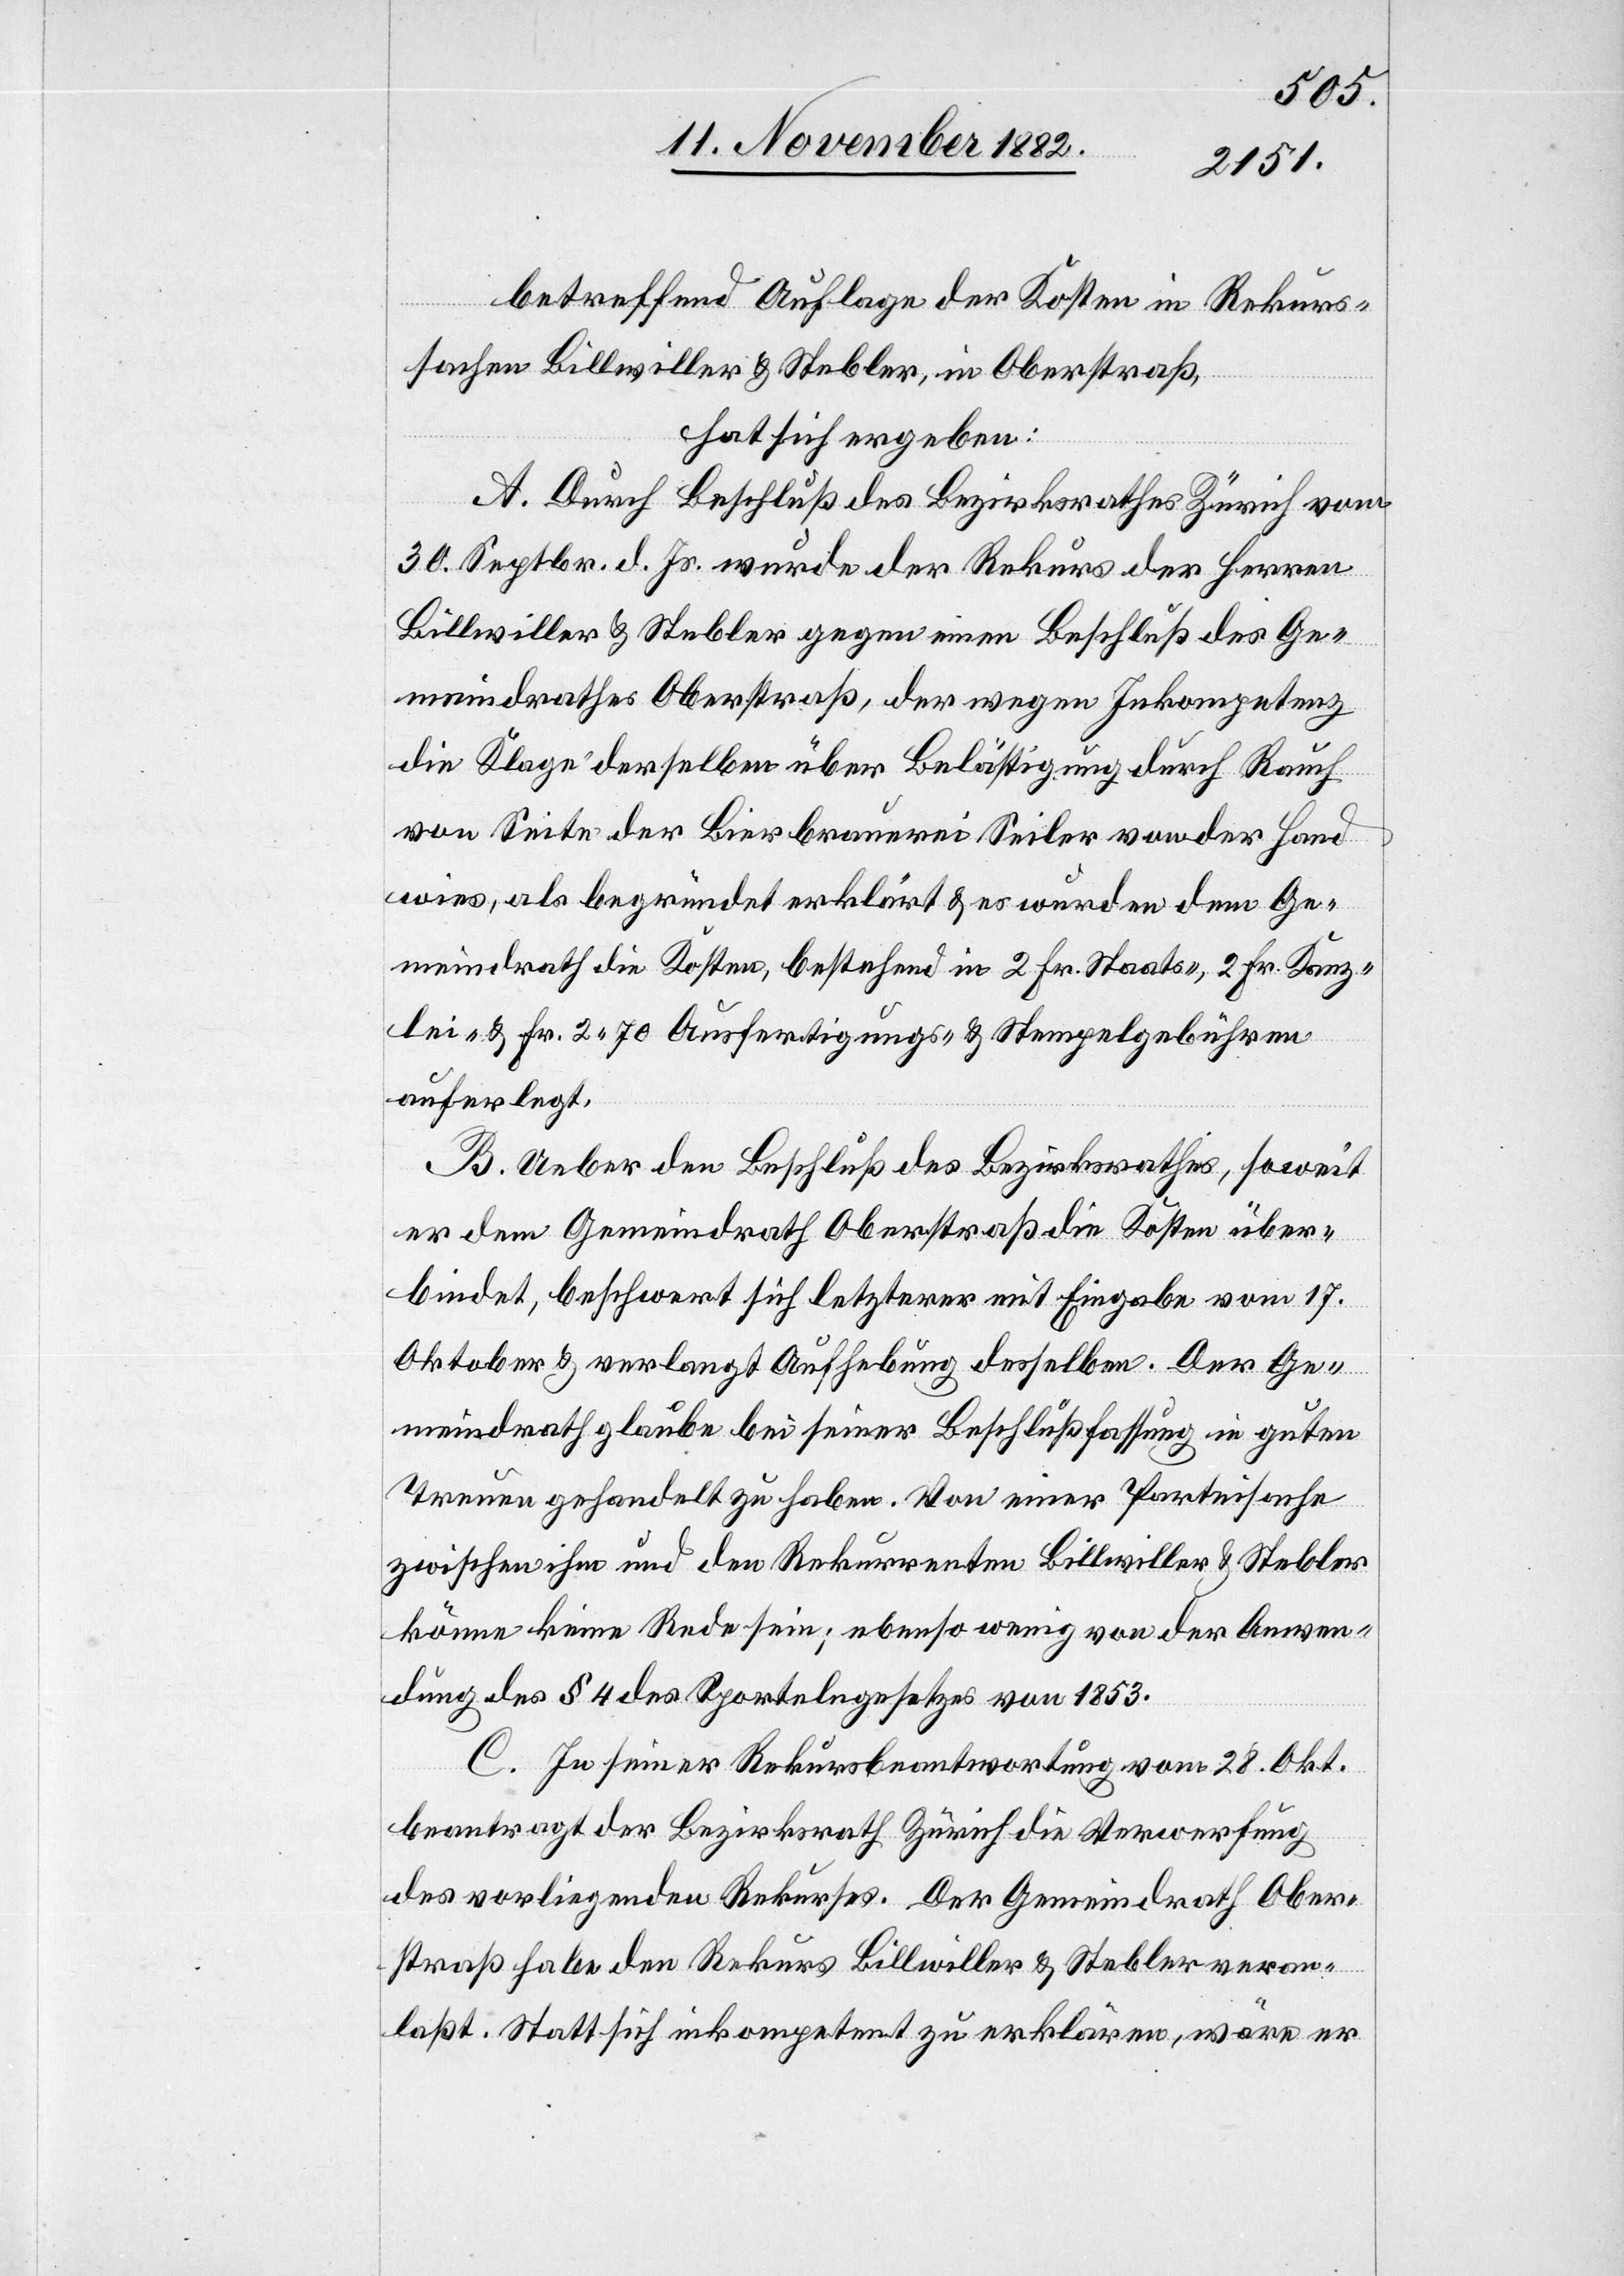
betreffend Auflage der Kosten in Rekurs¬
sachen Billwiller & Stebler, in Oberstraß,
hat sich ergeben:
A. Durch Beschluß des Bezirksrathes Zürich vom
30. Septbr. d. Js. wurde der Rekurs der Herren
Billwiller & Stebler gegen einen Beschluß des Ge¬
meindrathes Oberstraß, der wegen Inkompetenz
die Klage derselben über Belästigung durch Rauch
von Seite der Bierbrauerei Seiler von der Hand
wies, als begründet erklärt & es wurden dem Ge¬
meindrath die Kosten, bestehend in 2 Fr. Staats-, 2 Fr. Kanz¬
lei- & Fr. 2 70 Ausfertigungs- & Stempelgebühren
auferlegt.
B. Ueber den Beschluß des Bezirksrathes, soweit
er dem Gemeindrath Oberstraß die Kosten über¬
bindet, beschwert sich letzterer mit Eingabe vom 17.
Oktober & verlangt Aufhebung desselben. Der Ge¬
meindrath glaube bei seiner Beschlußfassung in guten
Treuen gehandelt zu haben. Von einer Parteisache
zwischen ihm und den Rekurrenten Billwiller & Stebler
könne keine Rede sein; ebenso wenig von der Anwen¬
dung des § 4 des Sportelngesetzes von 1853.
C. In seiner Rekursbeantwortung vom 28. Okt.
beantragt der Bezirksrath Zürich die Verwerfung
des vorliegenden Rekurses. Der Gemeindrath Ober¬
straß habe den Rekurs Billwiller & Stebler veran¬
laßt. Statt sich inkompetent zu erklären, wäre er